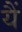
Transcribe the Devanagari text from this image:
यैं